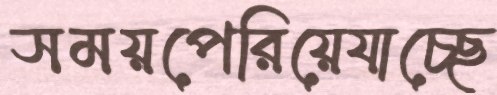
সময়পেরিয়েযাচ্ছে